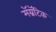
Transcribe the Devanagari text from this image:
मॅग्नॅटिक